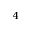
^ 4